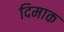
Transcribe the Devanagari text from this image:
दिमाक